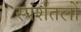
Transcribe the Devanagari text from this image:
स्पर्शतलों